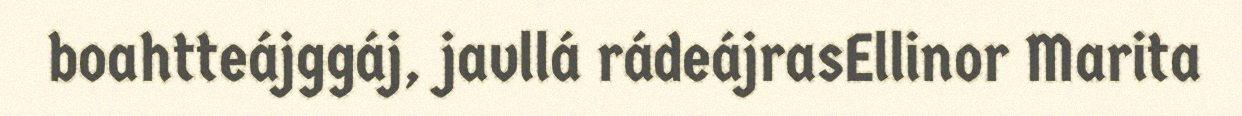
boahtteájggáj, javllá rádeájrasEllinor Marita